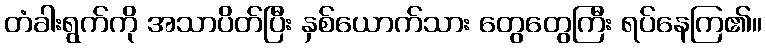
တံခါးရွက်ကို အသာပိတ်ပြီး နှစ်ယောက်သား တွေတွေကြီး ရပ်နေကြ၏။